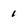
Character: 1